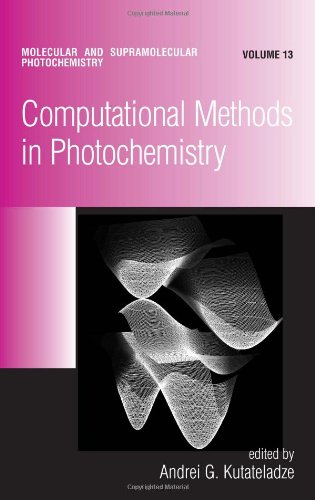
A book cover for Computational Methods in Photochemistry (Molecular and Supramolecular Photochemistry); Science & Math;